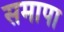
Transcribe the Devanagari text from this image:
समापा